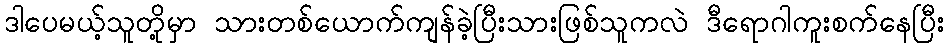
ဒါပေမယ့်သူတို့မှာ သားတစ်ယောက်ကျန်ခဲ့ပြီးသားဖြစ်သူကလဲ ဒီရောဂါကူးစက်နေပြီး